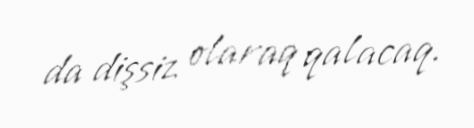
da dişsiz olaraq qalacaq.